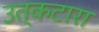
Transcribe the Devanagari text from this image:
उत्कटारा